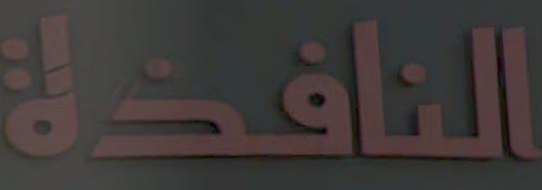
النافذة